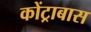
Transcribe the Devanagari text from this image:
कोंट्राबास